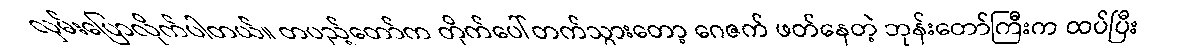
လှမ်းပြောလိုက်ပါတယ်။ တပည့်တော်က တိုက်ပေါ်တက်သွားတော့ ဂေဇက် ဖတ်နေတဲ့ ဘုန်းတော်ကြီးက ထပ်ပြီး